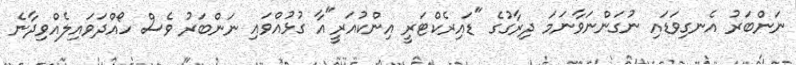
ނަންބަރު އެނގިވަޑައި ނުގަންނަވާނަމަ ދިރާގުގެ "ޑައިރެކްޓަރީ އިންކުއަރީ"އާ ގުޅުއްވައި ނަންބަރު ވެސް ހޯއްދަވައިލެއްވިދާނެ